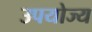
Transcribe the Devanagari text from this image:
उपयोज्य